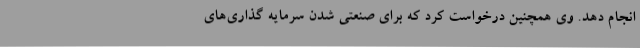
انجام دهد. وی همچنین درخواست کرد که برای صنعتی شدن سرمایه گذاری‌های